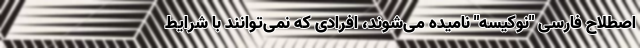
اصطلاح فارسی "نوکیسه" نامیده می‌شوند، افرادی که نمی‌توانند با شرایط